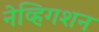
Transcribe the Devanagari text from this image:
नेव्हिगशन